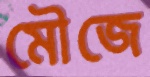
মৌজে